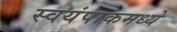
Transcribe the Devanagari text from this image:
स्वयंपाकमध्ये